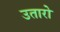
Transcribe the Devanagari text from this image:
उतारो